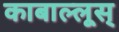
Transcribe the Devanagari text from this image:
काबाल्लूस्